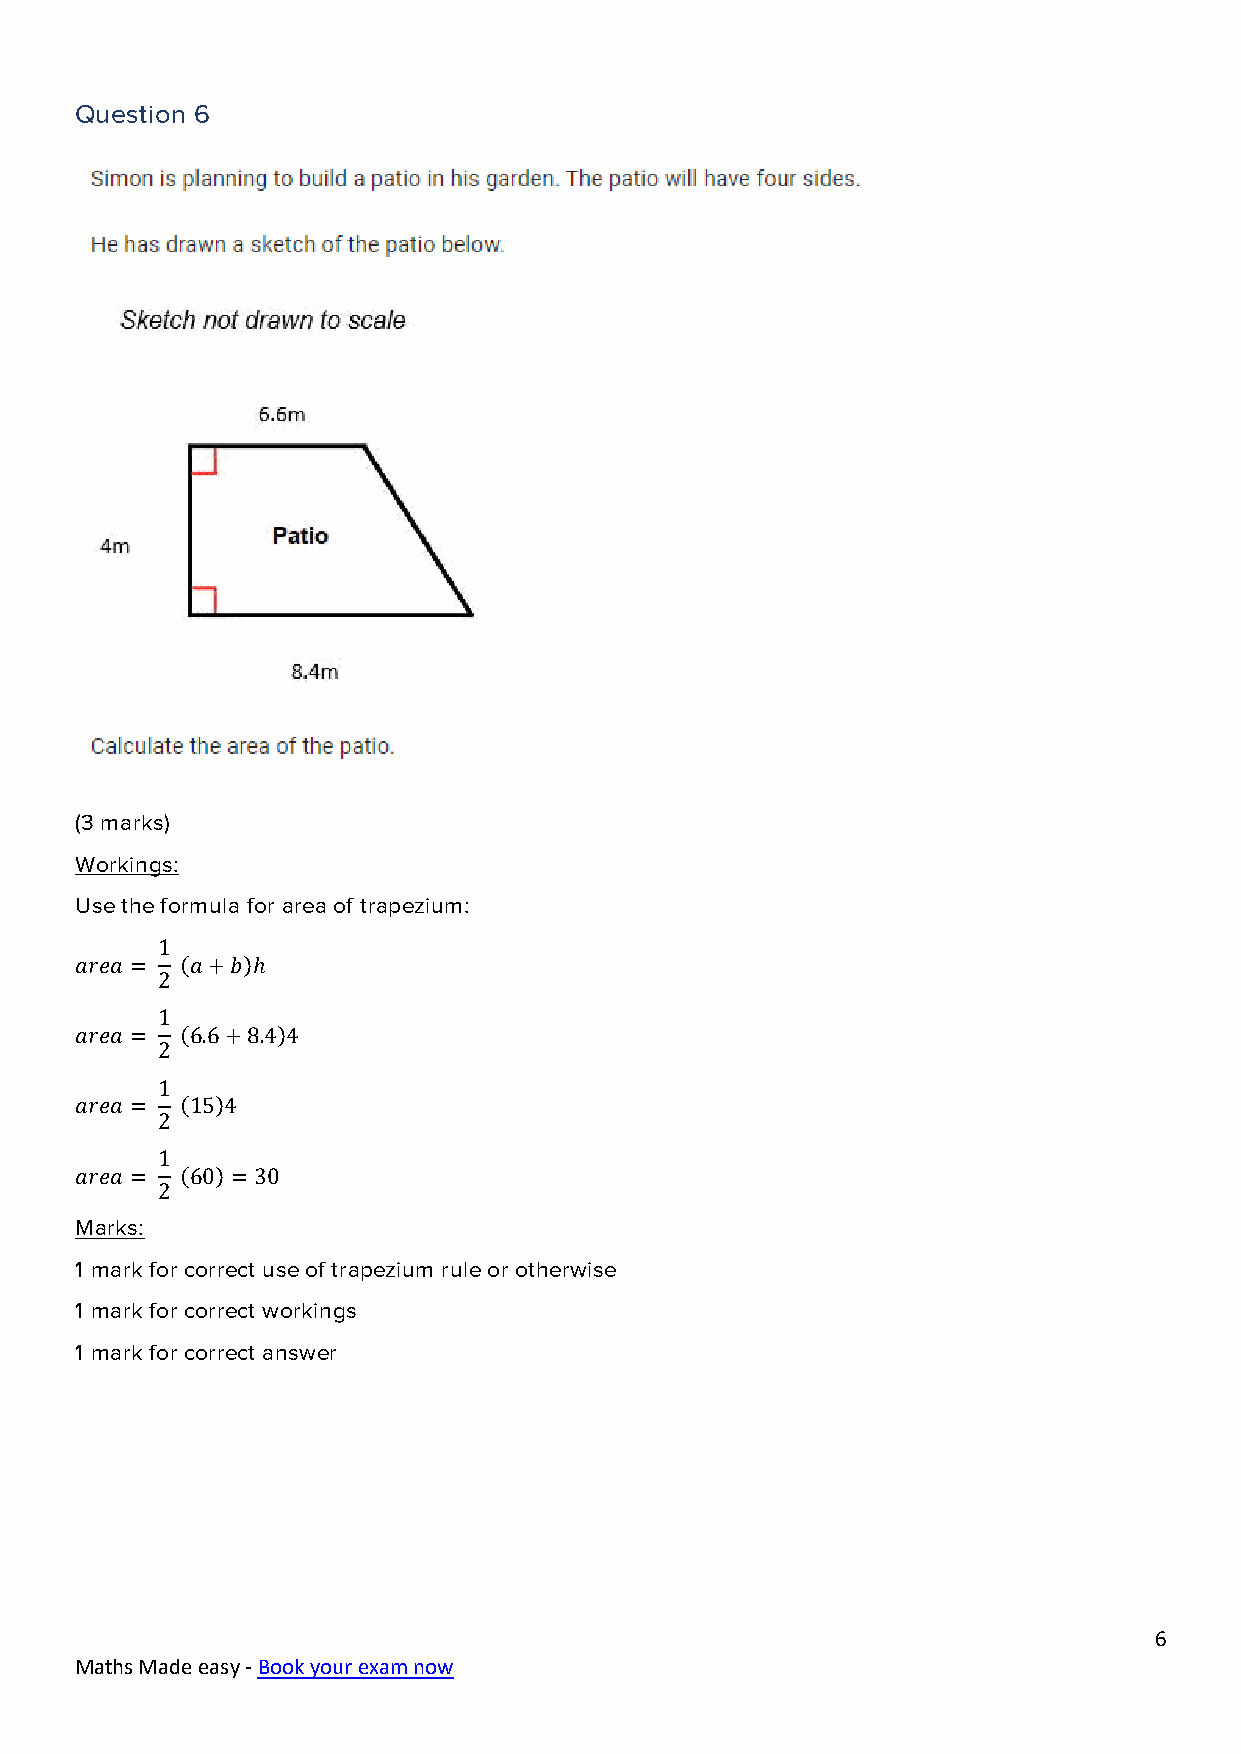
Question 6
 (3 marks)
 Workings:
 Use the formula for area of trapezium:
 1
 𝑎𝑟𝑒𝑎 = (𝑎+𝑏)ℎ
 2
 1
 𝑎𝑟𝑒𝑎 = (6.6+8.4)4
 2
 1
 𝑎𝑟𝑒𝑎 = (15)4
 2
 1
 𝑎𝑟𝑒𝑎 = (60) = 30
 2
 Marks:
 1 mark for correct use of trapezium rule or otherwise
 1 mark for correct workings
 1 mark for correct answer
 6
 Maths Made easy - Book your exam now